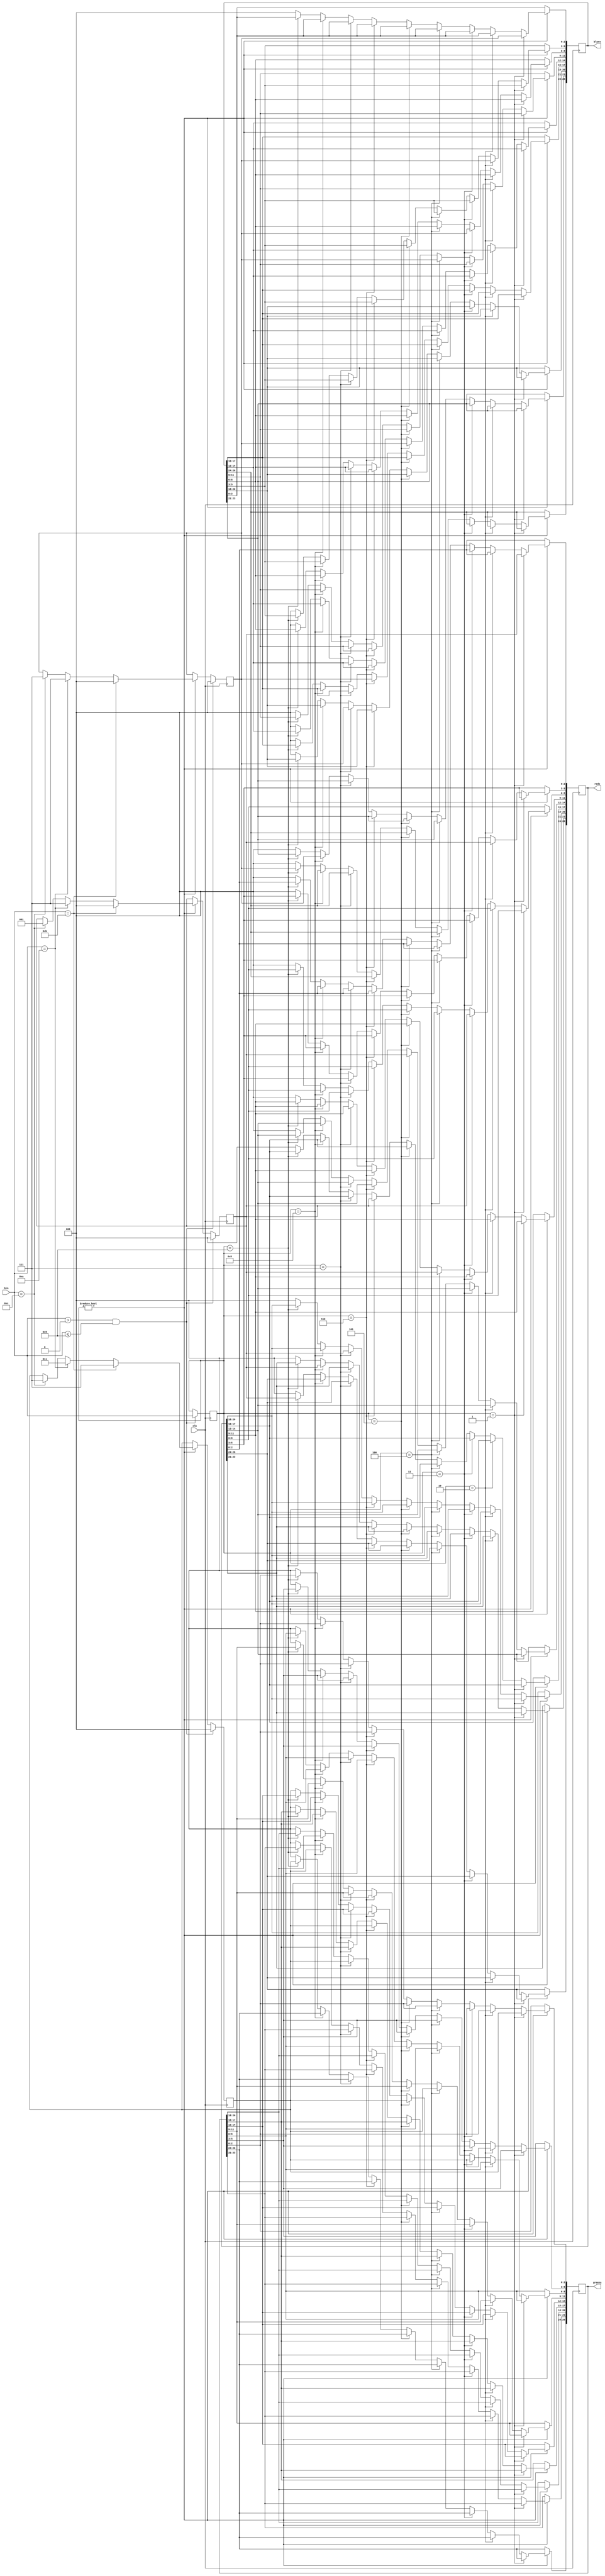
module numORcolour (clk, bin, reds, greens, blues);

input clk;
input [3:0] bin;

output [26:0] reds;
output [26:0] greens;
output [26:0] blues;

reg [3:0] num;

reg [26:0] reds;
reg  [26:0] greens;
reg  [26:0] blues;

reg [2:0] red;
reg [2:0] green;
reg [2:0] blue;

wire number;
wire colour;

assign number = (bin > 4'b0 && bin < 4'b1011) ? 1'b1 : 1'b0;
assign colour = (bin >1001)? 1'b1 : 1'b0;

//assign num = ( bin > 4'b0000 && bin <= 4'b1001 )?  bin : 4'b0000;


//always@(bin)
always@(posedge clk)
begin
	if ( bin > 4'b0000 && bin <= 4'b1001 ) 
	begin
		num <= bin;
		red <= 3'b000;
		green <= 3'b000;
		blue <= 3'b000;
	end
	else if(num != 4'b0000)
   begin
		if ( bin == 4'b1011 ) // green
		begin
			red  <= 3'b000;
			green <= 3'b111;
			blue  <= 3'b000;
		end
		else if ( bin == 4'b1010 ) // red
			begin
				red <= 3'b111;
				green <= 3'b011;
				blue  <= 3'b111;
			end
		else if ( bin == 4'b1100 ) // blue
			begin
				red <= 3'b001;
				green <= 3'b111;
				blue <= 3'b111;
			end		
	end
	
	if( num != 4'b0) 
	
		if(num == 4'b0001)
		begin 
			reds [2:0] <= red;
			greens [2:0] <= green;
			blues [2:0] <= blue;

		end
		else if(num == 4'b0010)
		begin 
			reds [5:3] <= red;
			greens [5:3] <= green;
			blues [5:3] <= blue;

		end
		else if(num == 4'b0011)
		begin 
			reds [8:6] <= red;
			greens [8:6] <= green;
			blues [8:6] <= blue;
		end
		else if(num == 4'b0100)
		begin 
			reds	[11:9] <= red;
			greens[11:9] <= green;
			blues [11:9] <= blue;
		end
		else if(num == 4'b0101)
		begin 
			reds	[14:12] <= red;
			greens[14:12] <= green;
			blues [14:12] <= blue;
		end
		else if(num == 4'b0110)
		begin 
			reds	[17:15] <= red;
			greens[17:15] <= green;
			blues [17:15] <= blue;
		end
		else if(num == 4'b0111)
		begin 
			reds	[20:18] <= red;
			greens[20:18] <= green;
			blues [20:18] <= blue;
		end
		else if(num == 4'b1000)
		begin 
			reds	[23:21] <= red;
			greens[23:21] <= green;
			blues [23:21] <= blue;
		end
		else if(num == 4'b1001)
		begin 
			reds	[26:24] <= red;
			greens[26:24] <= green;
			blues [26:24] <= blue;
		end
		else
		begin 
			reds	[26:0] <= 27'b0;
			greens[26:0] <= 27'b0;
			blues [26:0] <= 27'b0;
		end
	
end


//assign i = num ? 0:


endmodule